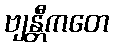
ဗျန္တီကတေ